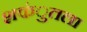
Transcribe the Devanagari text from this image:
शकंुतला